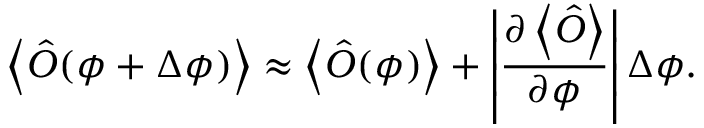
\left\langle \hat { O } ( \phi + \Delta \phi ) \right\rangle \approx \left\langle \hat { O } ( \phi ) \right\rangle + \left\vert \frac { \partial \left\langle \hat { O } \right\rangle } { \partial \phi } \right\vert \Delta \phi .